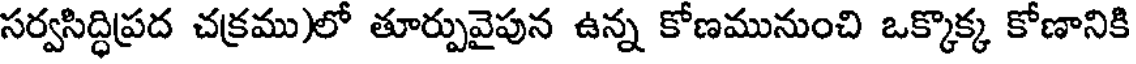
సర్వసిద్ధిప్రద చక్రము)లో తూర్పువైపున ఉన్న కోణమునుంచి ఒక్కొక్క కోణానికి